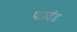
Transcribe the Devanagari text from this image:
पत्रदंड